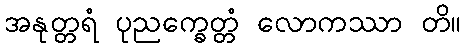
အနုတ္တရံ ပုညက္ခေတ္တံ လောကဿာ တိ။